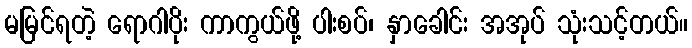
မမြင်ရတဲ့ ရောဂါပိုး ကာကွယ်ဖို့ ပါးစပ်၊ နှာခေါင်း အအုပ် သုံးသင့်တယ်။